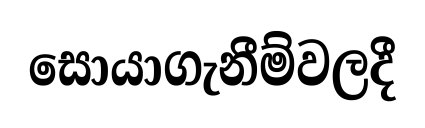
සොයාගැනීම්වලදී